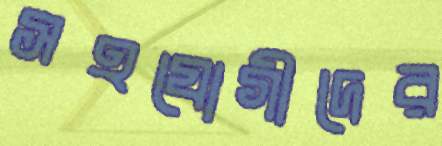
সহযোগীদের